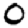
Digit: 0